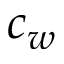
c _ { w }